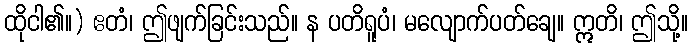
ထိုငါ၏။) ဧတံ၊ ဤဖျက်ခြင်းသည်။ န ပတိရူပံ၊ မလျောက်ပတ်ချေ။ ဣတိ၊ ဤသို့။